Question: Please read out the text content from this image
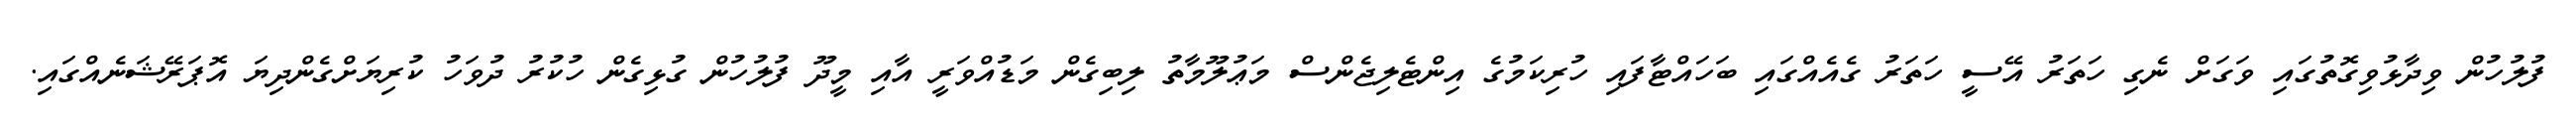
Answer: ފުލުހުން ވިދާޅުވިގޮތުގައި ވަގަށް ނެގި ހަތަރު އޭސީ ހަތަރު ގެއެއްގައި ބަހައްޓާފައި ހުރިކަމުގެ އިންޓެލިޖެންސް މަޢުލޫމާތު ލިބިގެން މަޑުއްވަރީ އާއި މީދޫ ފުލުހުން ގުޅިގެން ހުކުރު ދުވަހު ކުރިޔަށްގެންދިޔަ އޮޕަރޭޝަނެއްގައި.